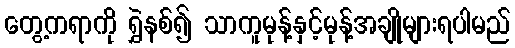
တွေ့ကရာကို ရွှဲနစ်၍ သာကူမုန့်နှင့်မုန့်အချိုများရပါမည်